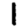
Digit: 1